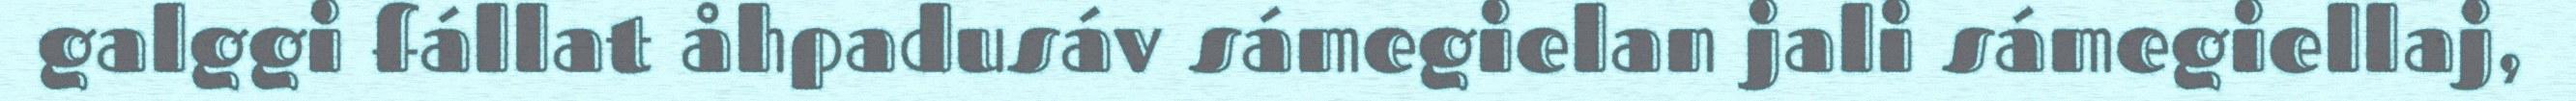
galggi fállat åhpadusáv sámegielan jali sámegiellaj,